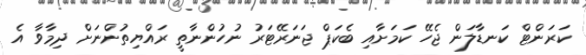
ކަރަންޓް ކަނޑާލަން ޖެހޭ ކަމަށާއި ބެކަޕް ޖަނަރޭޓަރު ނުހުންނާތީ ރައްޔިތުންނަށް ދިމާވާ އެ